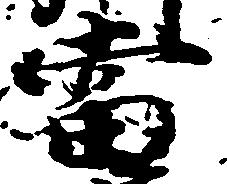
当